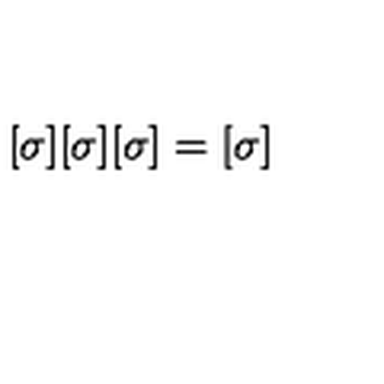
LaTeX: [ \sigma ] [ \sigma ] [ \sigma ] = [ \sigma ]